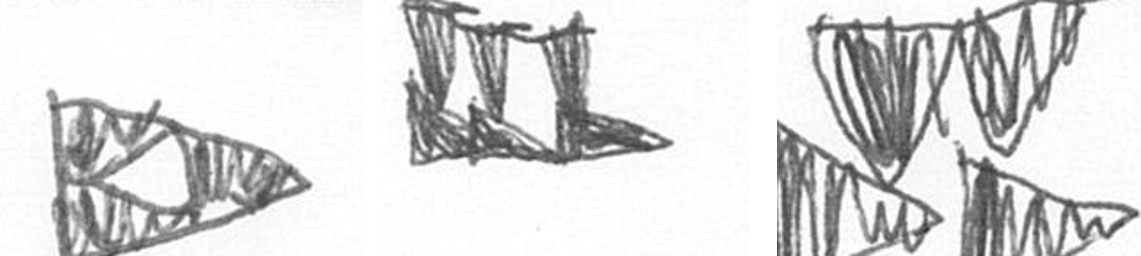
K D B